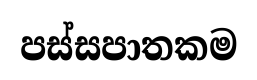
පස්සපාතකම